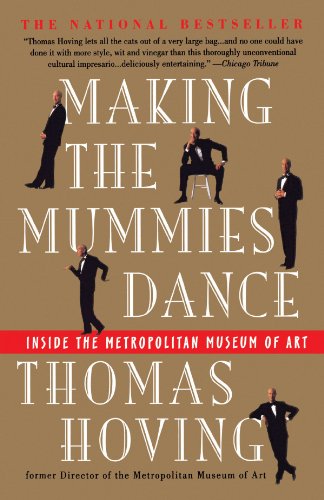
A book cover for Making the Mummies Dance : Inside the Metropolitan Museum of Art; Thomas Hoving; Biographies & Memoirs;